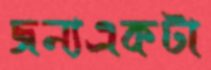
জন্যএকটা